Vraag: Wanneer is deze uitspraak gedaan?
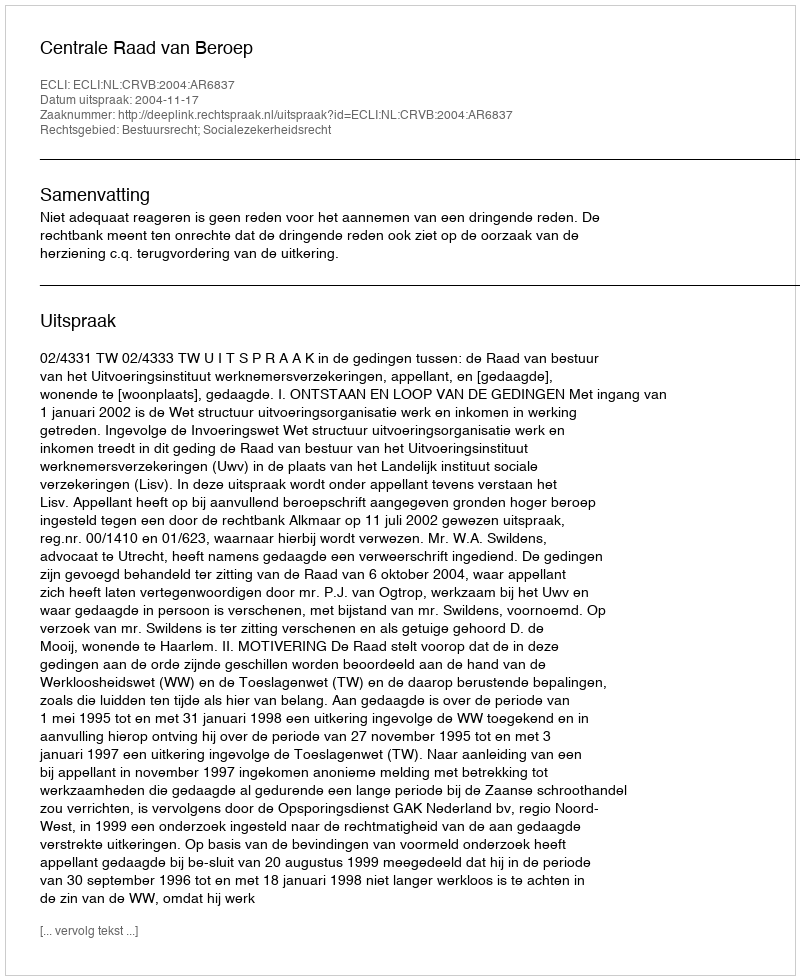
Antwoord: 2004-11-17